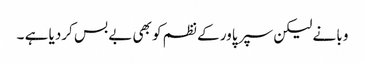
وبا نے لیکن سپر پاور کے نظم کو بھی بے بس کردیا ہے ۔